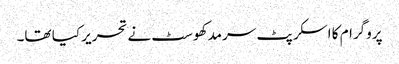
پروگرام کا اسکرپٹ سرمد کھوسٹ نے تحریر کیا تھا۔